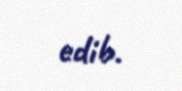
edib.